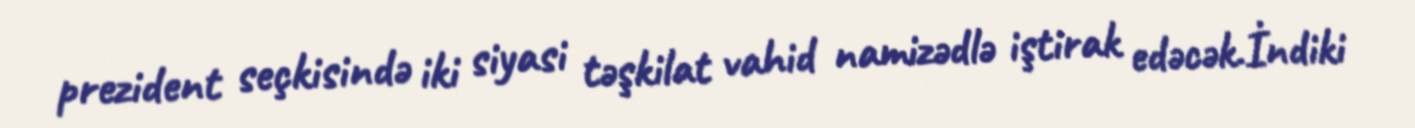
prezident seçkisində iki siyasi təşkilat vahid namizədlə iştirak edəcək.İndiki